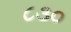
૮૩૦